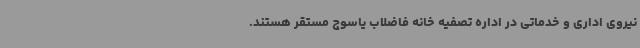
نیروی اداری و خدماتی در اداره تصفیه خانه فاضلاب یاسوج مستقر هستند.